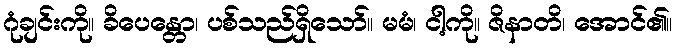
ဂုံချင်းကို။ ခိပေန္တော၊ ပစ်သည်ရှိသော်။ မမံ၊ ငါ့ကို။ ဇိနာတိ၊ အောင်၏။